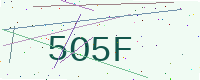
Text: 5O5F